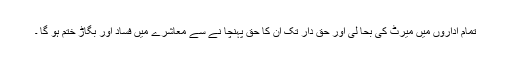
تمام اداروں میں میرٹ کی بحا لی اور حق دار تک ان کا حق پہنچا نے سے معاشرے میں فساد اور بگاڑ ختم ہو گا ۔